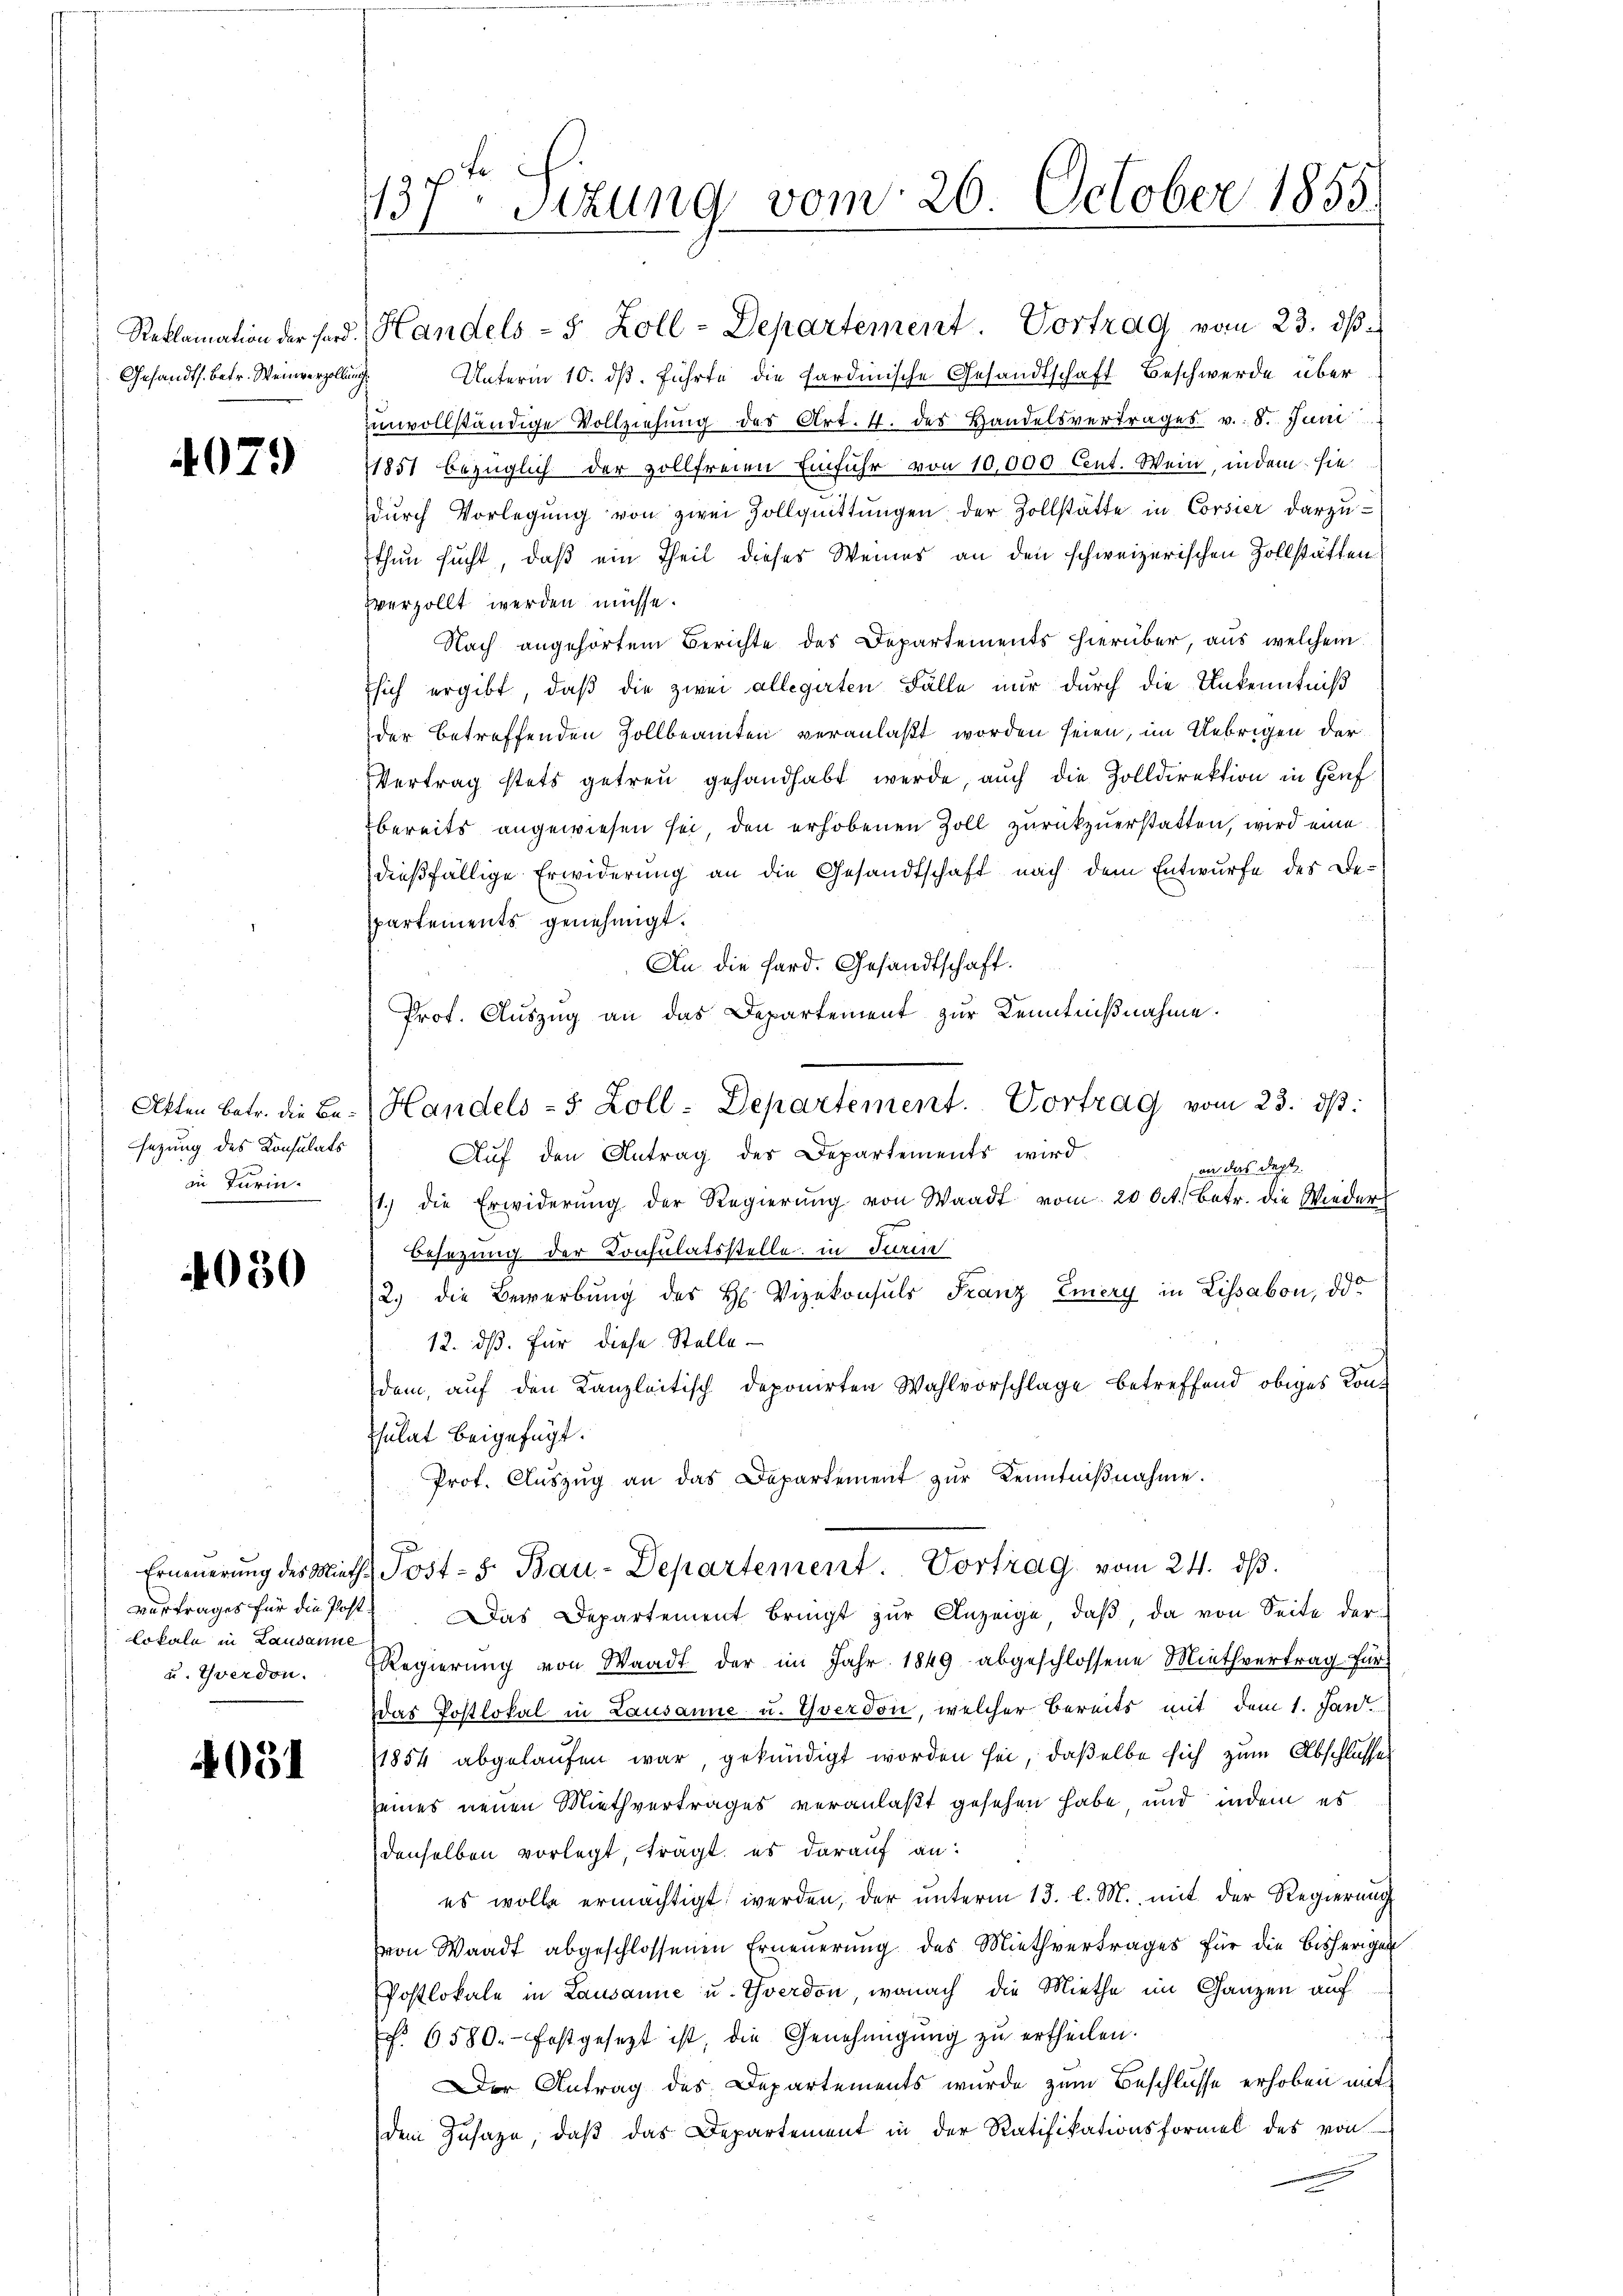
Reklamation der Hard.
Gesandts. betr. Weinverzollung

4079

Akten Betr. die Besezung des Konsulats
in Turin.

4030

Erneuerung des Mieth¬
Vertrages für die Post¬
Lokale in Lausanne
u Yverdon.

4051

t
137 Sitzung vom 20. October 1855.

Handels- 5 Zoll-Departement. Vortrag vom 23. ds.
Unterm 10. dß. führte die sardinische Gesandtschaft Beschwerde über
unvollständige Vollziehung der Art. 4. des Handelsvertrages v. 8. Juni
1851 bezüglich der zollfreien Einfuhr von 10,000 Cent. Wein, indem sie
dŭrch Vorlegŭng von zwei Zollquittŭngen der Zollstätte in Corsier darzu-
thun sucht, daß ein Theil dieses Weines an den schweizerischen Zollstätten
verzollt werden müsse.
Nach angehörtem Berichte des Departements hierüber, aus welchem
sich ergibt, daß die zwei allegirten Fälle nur durch die Unkenntniß
der betreffenden Zollbeamten veranlaßt worden seien, im Uebrigen der
Vertrag stets getreu gehandhabt werde, auch die Zolldirektion in Genf
bereits angewiesen sei, den erhobenen Zoll zurückzuerstatten, wird eine
dießfällige Erwiderung an die Gesandtschaft nach dem Entwurfe des Bepartements genehmigt.
An die Hard. Gesandtschaft.
Prof. Auszug an das Departement zur Kenntnißnahme.
Handels- & Zoll-Departement. Vortrag vom 23. ds.
Aŭf den Antrag des Departements wird
an das dept
1.) die Erwiderung der Regierŭng von Waadt vom 20 Oct. Betr. die Wieder
Besezung der Consulatsstelle in Turin
2.) die Bewerbung des H. Vizekonsuls Franz Eiery in Lissabon, das
12. dß. Für diese Stelle
dem, auf den Kanzleitisch deponirten Wahlvorschlage betreffend obiges Konsulat beigefügt.
Prof. Aŭszŭg an das Departement zŭr Kenntniβnahme.
Post-S. Bau-Departement. Vortrag, vom 24. dβ.
Das Departement bringt zŭr Anzeige, daβ, da von Seite der
Regierŭng von Waadt der im Jahr 1849 abgeschlossene Miethvertrag für
Das Postlokal in Lausanne u. Yverdon, welcher bereits mit dem 1. Jan.
1854 abgelaufen war, gekündigt worden sei, daßelbe sich zum Abschlusse
eines neuen Miethvertrages veranlaßt gesehen habe, und indem es
denselben vorlegt, tragt, es darauf an:
es wolle ermächtigt werden, der unterm 13. l. M., mit der Regierung
von Waadt abgeschlossenen Erneuerung des Miethvertrages für die bisherigen
Postlokale in Lausanne u. Yverdon, wonach die Miethe im Ganzen auf
f. 6580. festgesezt ist, die Genehmigŭng zu ertheilen.
Der Antrag des Departements wurde zum Beschlüsse erhoben mit
dem Zusage, daβ das Departement in der Ratifikationsformel des von